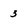
Character: 3